Civil Veterinary Dept. Bombay admin report 1923-31 - 1923-1931
Year: 1923
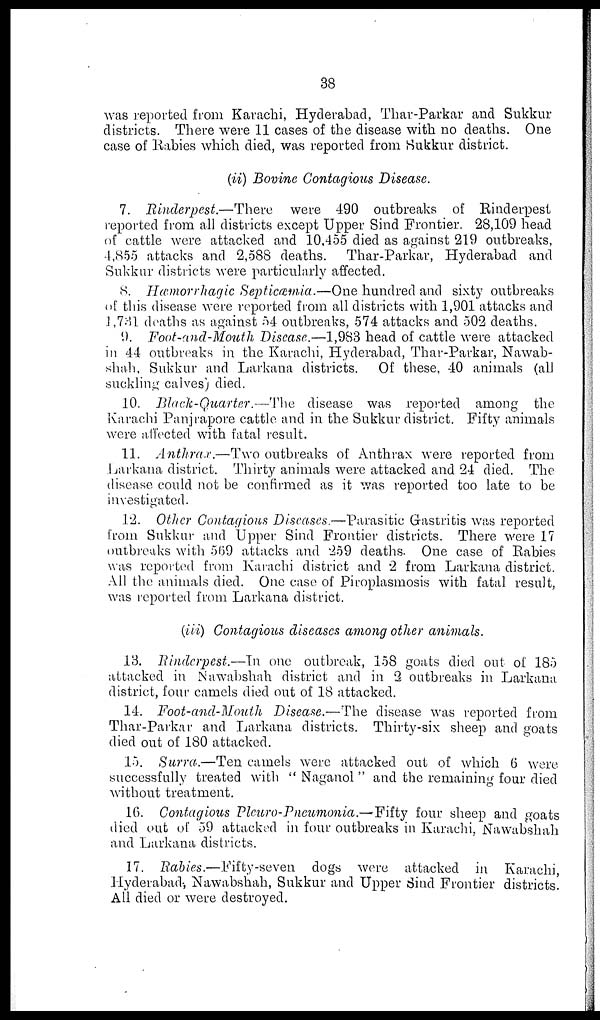
38
was reported from Karachi, Hyderabad, Thar-Parkar and Sukkur
districts. There were 11 cases of the disease with no deaths. One
case of Rabies which died, was reported from Sukkur district.
(ii) Bovine Contagious Disease.
7. Rinderpest.—There were 490 outbreaks of Rinderpest
reported from all districts except Upper Sind Frontier. 28,109 head
of cattle were attacked and 10,455 died as against 219 outbreaks,
4,855 attacks and 2,588 deaths. Thar-Parkar, Hyderabad and
Sukkur districts were particularly affected.
8. Hæmorrhagic Septiæmia.—One hundred and sixty outbreaks
of this disease were reported from all districts with 1,901 attacks and
1,781 deaths as against 54 outbreaks, 574 attacks and 502 deaths.
9. Foot-and-Mouth Disease.—1,983 head of cattle were attacked
in 44 outbreaks in the Karachi, Hyderabad, Thar-Parkar, Nawab-
shah, Sukkur and Larkana districts. Of these, 40 animals (all
suckling calves) died.
10. Black-Quarter.—The disease was reported among the
Karachi Panjrapore cattle and in the Sukkur district. Fifty animals
were affected with fatal result.
11. Anthrax.—Two outbreaks of Anthrax were reported from
Larkana district. Thirty animals were attacked and 24 died. The
disease could not be confirmed as it was reported too late to be
investigated.
12. Other Contagious Diseases.—Parasitic Gastritis was reported
from Sukkur and Upper Sind Frontier districts. There were 17
outbreaks with 569 attacks and 259 deaths. One case of Rabies
was reported from Karachi district and 2 from Larkana district.
All the animals died. One case of Piroplasmosis with fatal result,
was reported from Larkana district.
(iii) Contagious diseases among other animals.
13. Rinderpest.—In one outbreak, 158 goats died out of 185
attacked in Nawabshah district and in 2 outbreaks in Larkana
district, four camels died out of 18 attacked.
14. Foot-and-Mouth Disease.—The disease was reported from
Thar-Parkar and Larkana districts. Thirty-six sheep and goats
died out of 180 attacked.
15. Surra.—Ten camels were attacked out of which 6 were
successfully treated with "Naganol" and the remaining four died
without treatment.
16. Contagious Plcuro-Pneumonia.—Fifty four sheep and goats
died out of 59 attacked in four outbreaks in Karachi, Nawabshah
and Larkana districts.
17. Rabies.—Fifty-seven dogs were attacked in Karachi,
Hyderabad; Nawabshah, Sukkur and Upper Sind Frontier districts.
All died or were destroyed.